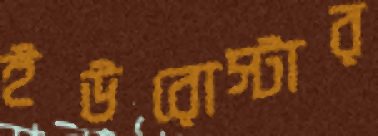
ইউরোস্টার